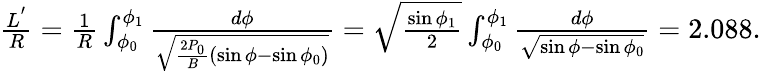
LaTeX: \begin{array}{r}{\frac{L^{'}}{R}=\frac{1}{R}\int_{\phi_{0}}^{\phi_{1}}\frac{d\phi}{\sqrt{\frac{2P_{0}}{B}(\sin\phi-\sin\phi_{0})}}=\sqrt{\frac{\sin\phi_{1}}{2}}\int_{\phi_{0}}^{\phi_{1}}\frac{d\phi}{\sqrt{\sin\phi-\sin\phi_{0}}}=2.088.}\end{array}